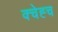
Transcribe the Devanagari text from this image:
क्चेह्च